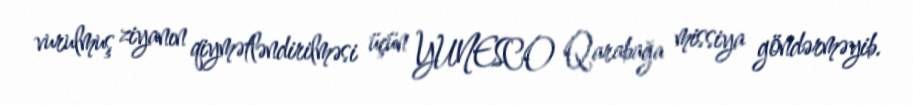
vurulmuş ziyanın qiymətləndirilməsi üçün YUNESCO Qarabağa missiya göndərməyib.